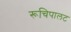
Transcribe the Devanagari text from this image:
रूचिपालट